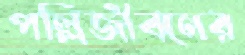
পল্লিজীবনের